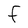
Character: F